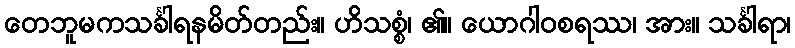
တေဘူမကသင်္ခါရနမိတ်တည်း။ ဟိသစ္စံ၊ ၏။ ယောဂါဝစရဿ၊ အား။ သင်္ခါရာ၊